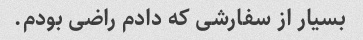
بسیار از سفارشی که دادم راضی بودم.